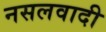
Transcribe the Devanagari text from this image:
नसलवादी